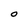
Character: O